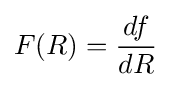
F(R)={\frac {df}{dR}}